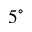
5 ^ { \circ }